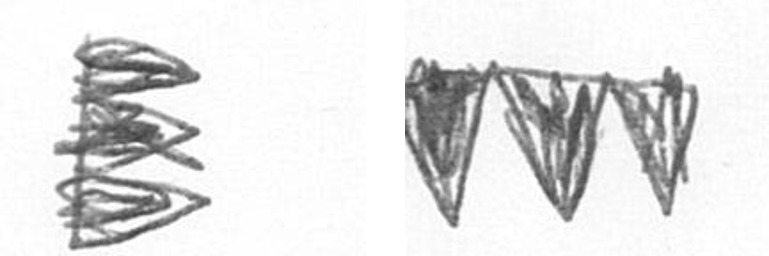
H L